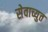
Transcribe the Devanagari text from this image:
सेवाच्युत